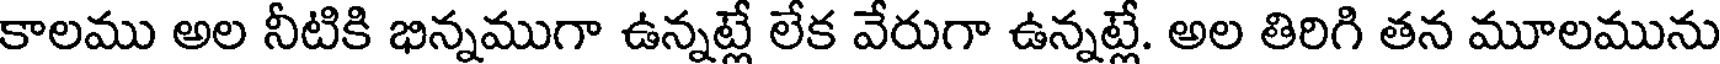
కాలము అల నీటికి భిన్నముగా ఉన్నట్లే లేక వేరుగా ఉన్నట్లే. అల తిరిగి తన మూలమును